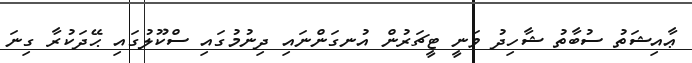
ޢާއިޝަތު ސުބާތު ޝާހިދު ވަނީ ޓީޗަރުން އުނގަންނައި ދިނުމުގައި ސްކޫލުގައި ޙޭދަކުރާ ގިނަ